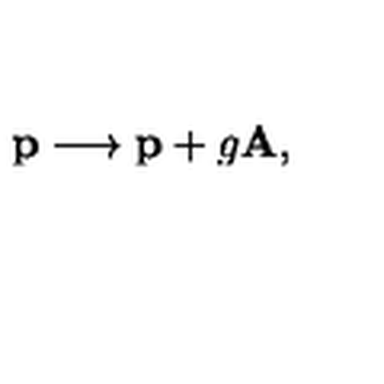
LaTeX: { \bf p } \longrightarrow { \bf p } + g { \bf A } ,